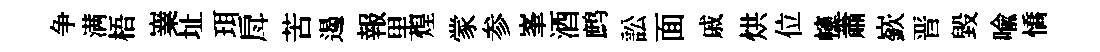
争满梧嶪址珥戽苦遏報里煌䝉参峯酒鹧訟面戚烘位幰蕭嶔晋毀喻憍